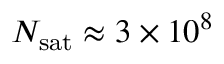
\ensuremath { N _ { \mathrm { s a t } } } \approx 3 \times 1 0 ^ { 8 }